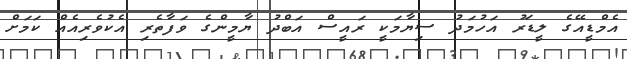
އެމްޑީއޭގެ ލީޑަރު އަހުމަދު ސިޔާމަކީ ރައީސް އަބްދު ޔާމީންގެ ވަފާތެރި އެކުވެރިއެއް ކަމަށް